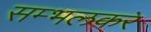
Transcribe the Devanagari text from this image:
सम्भलकर